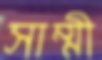
সাম্মী